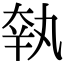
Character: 𡘺